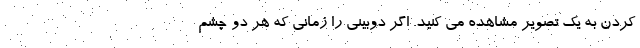
کردن به یک تصویر مشاهده می کنید. اگر دوبینی را زمانی که هر دو چشم